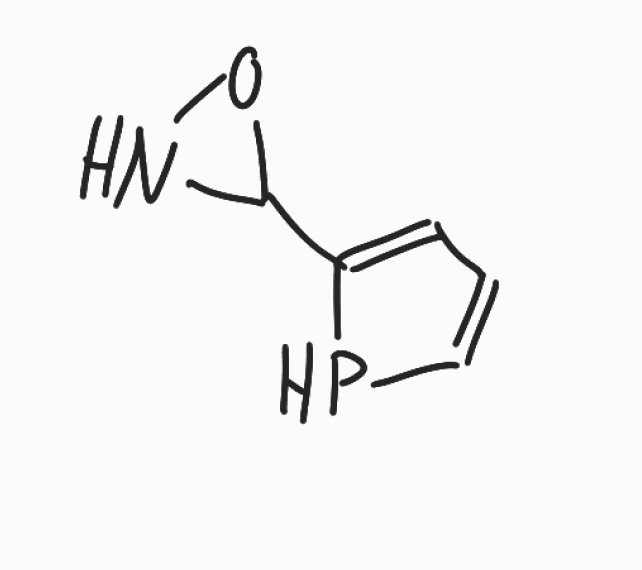
Simplified molecular-input line-entry system (SMILES) notation of the given molecule:
C1=CPC(=C1)C2NO2